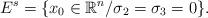
LaTeX: \begin{align*} E^s = \{x_0 \in \mathbb{R}^n \slash \sigma_2 = \sigma_3 = 0 \}. \end{align*}